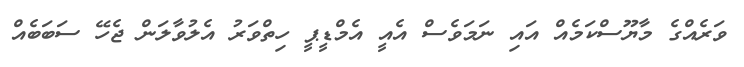
ވަރެއްގެ މާޔޫސްކަމެއް އައި ނަމަވެސް އެއީ އެމްޑީޕީ ހިތްވަރު އެލުވާލަން ޖެހޭ ސަބަބެއް